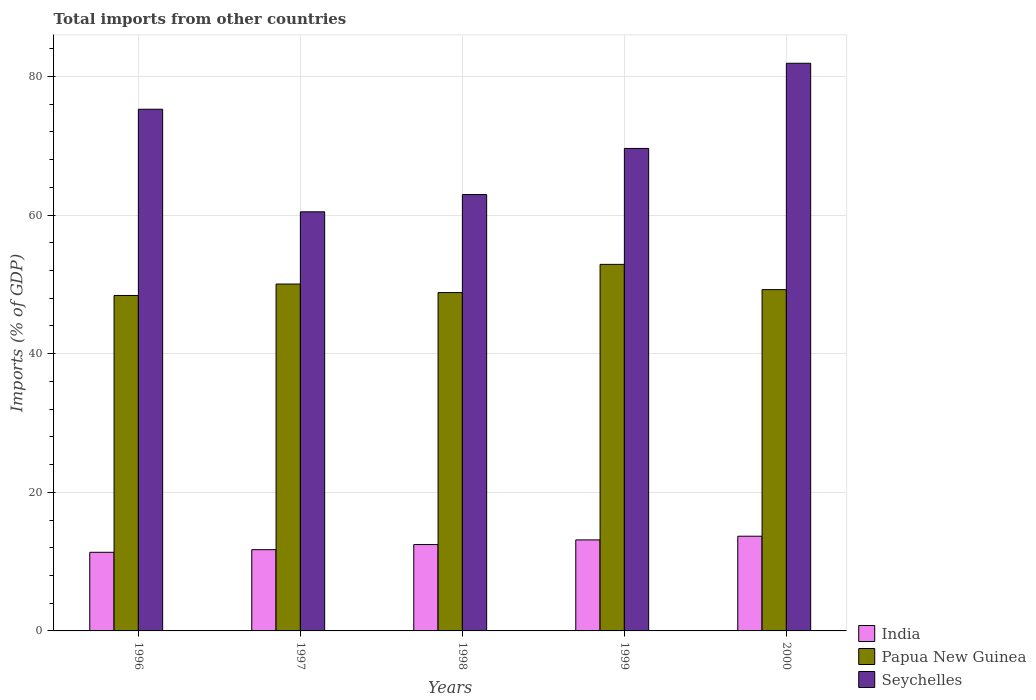
| Years | India | Papua New Guinea | Seychelles |
 | --- | --- | --- | --- |
 | 1996 | 11.3 | 48.4 | 75.3 |
 | 1997 | 11.7 | 50.1 | 60.5 |
 | 1998 | 12.5 | 48.8 | 63 |
 | 1999 | 13.1 | 52.9 | 69.6 |
 | 2000 | 13.7 | 49.2 | 81.9 |